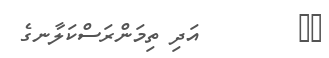
٥٣        އަދި ތިމަންރަސްކަލާނގެ